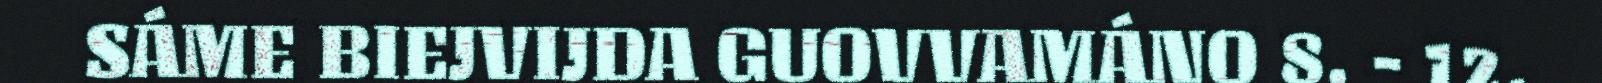
SÁME BIEJVIJDA GUOVVAMÁNO 8. - 12.